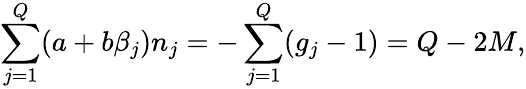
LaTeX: \sum_{j=1}^{Q}(a+b\beta_{j})n_{j}=-\sum_{j=1}^{Q}(g_{j}-1)=Q-2M,